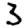
Digit: 3